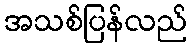
အသစ်ပြန်လည်